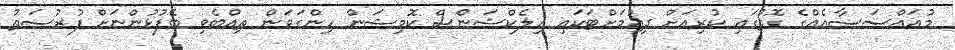
މުއައްސަސާއެއްގެ ގޮތުގައި ކުރިއަށް ދިއުމަށްޓަކައި އިލެކްޝަންސް ކޮމިޝަން ހިންގަވަން ތިއްބެވި ބޭފުޅުންނަށް ފުރުސަތު